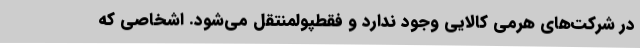
در شرکت‌های هرمی کالایی وجود ندارد و فقطپولمنتقل می‌شود. اشخاصی که